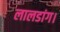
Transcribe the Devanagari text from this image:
लालडांग।